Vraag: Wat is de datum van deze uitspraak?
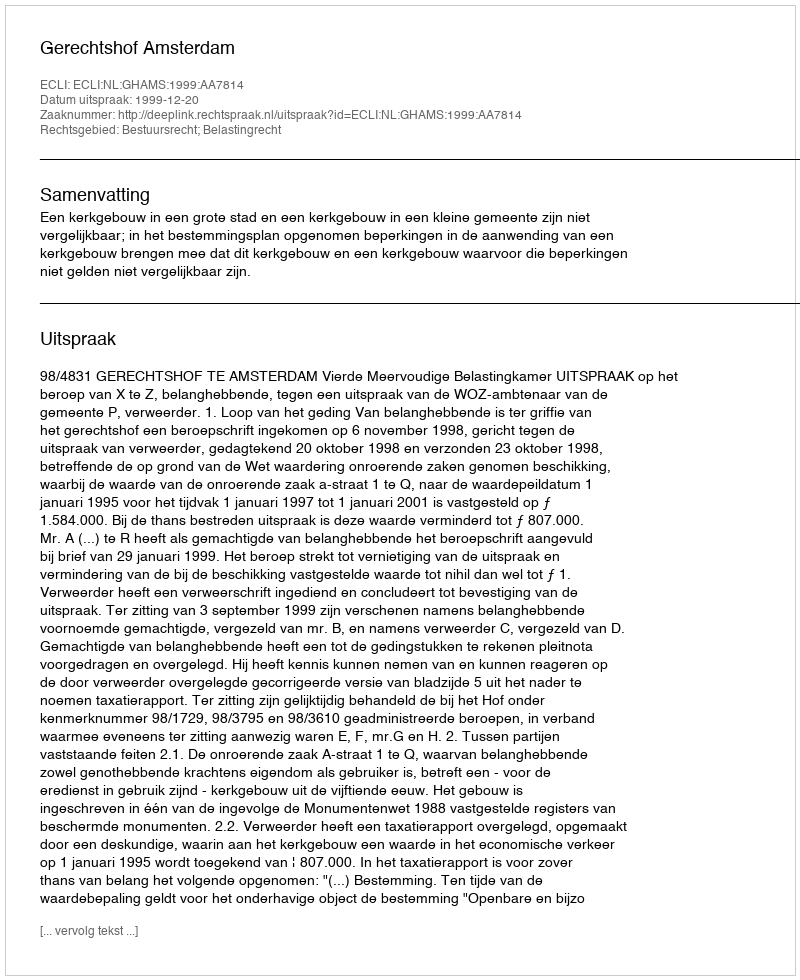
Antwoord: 1999-12-20